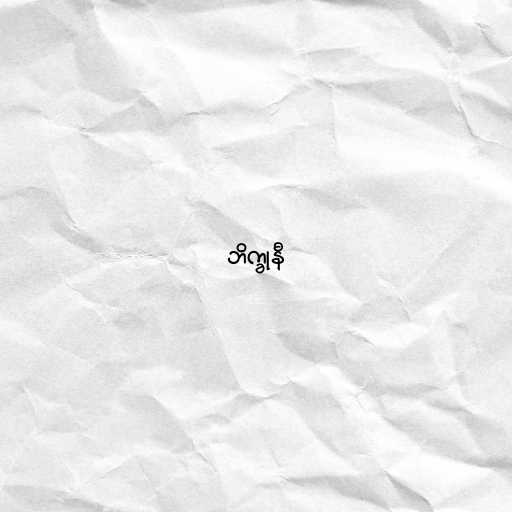
ဘိက္ခုနီ